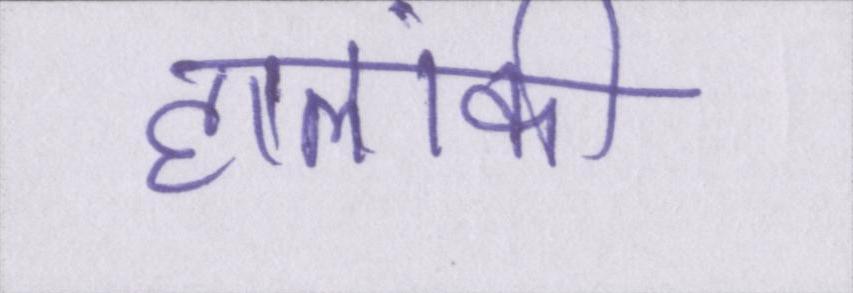
हालांकी